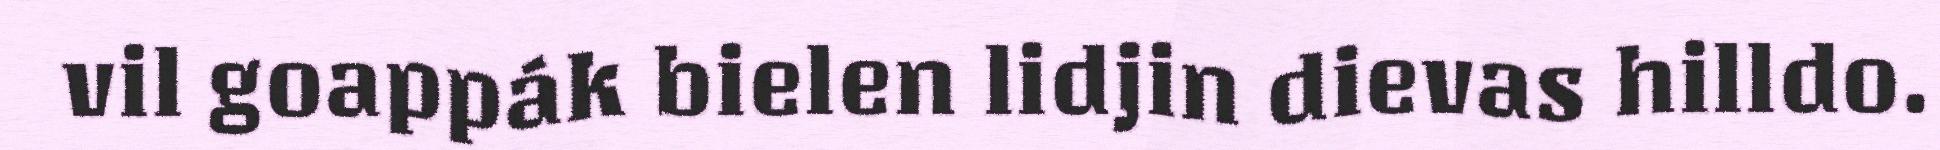
vil goappák bielen lidjin dievas hilldo.